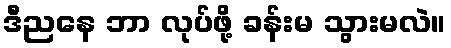
ဒီညနေ ဘာ လုပ်ဖို့ ခန်းမ သွားမလဲ။